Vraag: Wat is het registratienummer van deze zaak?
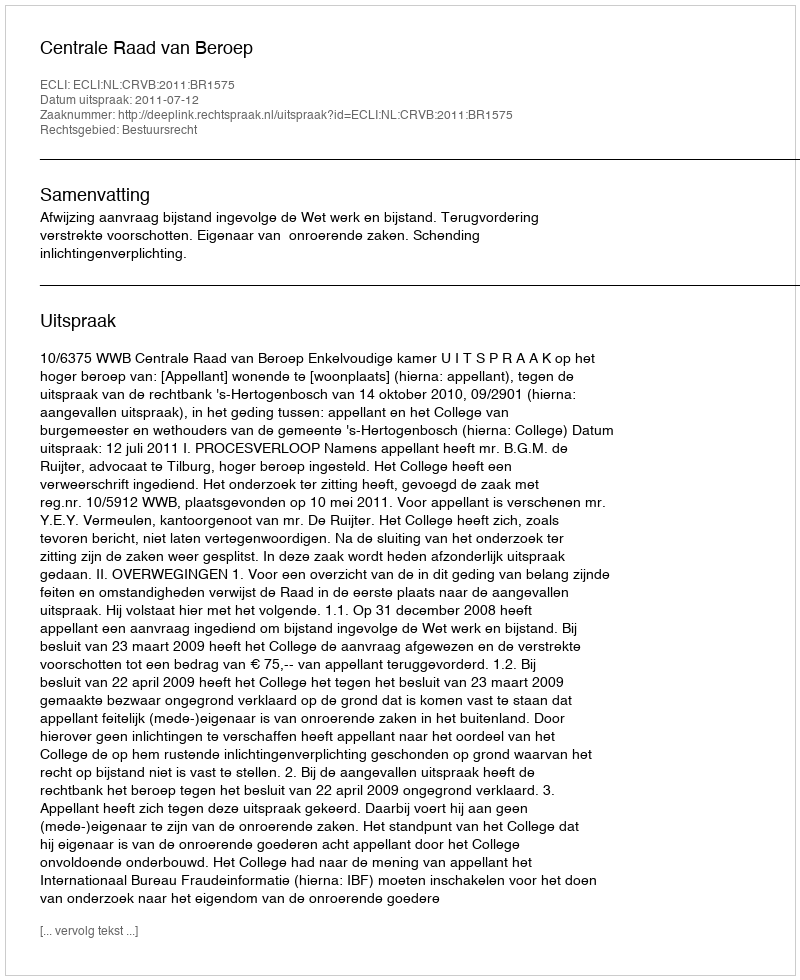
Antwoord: http://deeplink.rechtspraak.nl/uitspraak?id=ECLI:NL:CRVB:2011:BR1575